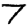
Digit: 7